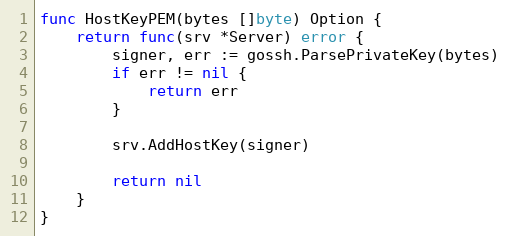
Language: Go
func HostKeyPEM(bytes []byte) Option {
	return func(srv *Server) error {
		signer, err := gossh.ParsePrivateKey(bytes)
		if err != nil {
			return err
		}

		srv.AddHostKey(signer)

		return nil
	}
}